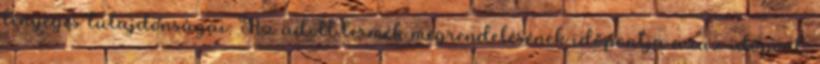
lényeges tulajdonságai: Az adott termék megrendelésének időpontja azaz időpont,